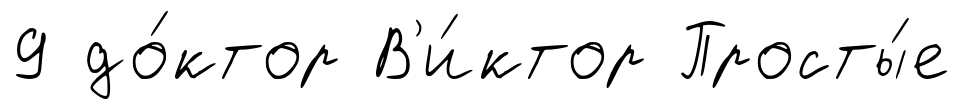
9 до́ктор В'и́ктор Просты́е